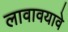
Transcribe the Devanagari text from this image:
लावावयावे